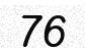
76